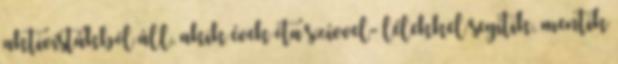
aktivistákból áll, akik évek óta szívvel- lélekkel segítik, mentik